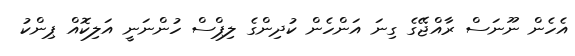
އެހެން ނޫނަސް ރާއްޖޭގެ ގިނަ އަންހެން ކުދިންގެ ލިޕްސް ހުންނަނީ އަލިކޮއް ޕިންކު